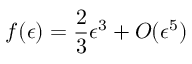
f ( \epsilon ) = \frac { 2 } { 3 } \epsilon ^ { 3 } + O ( \epsilon ^ { 5 } )